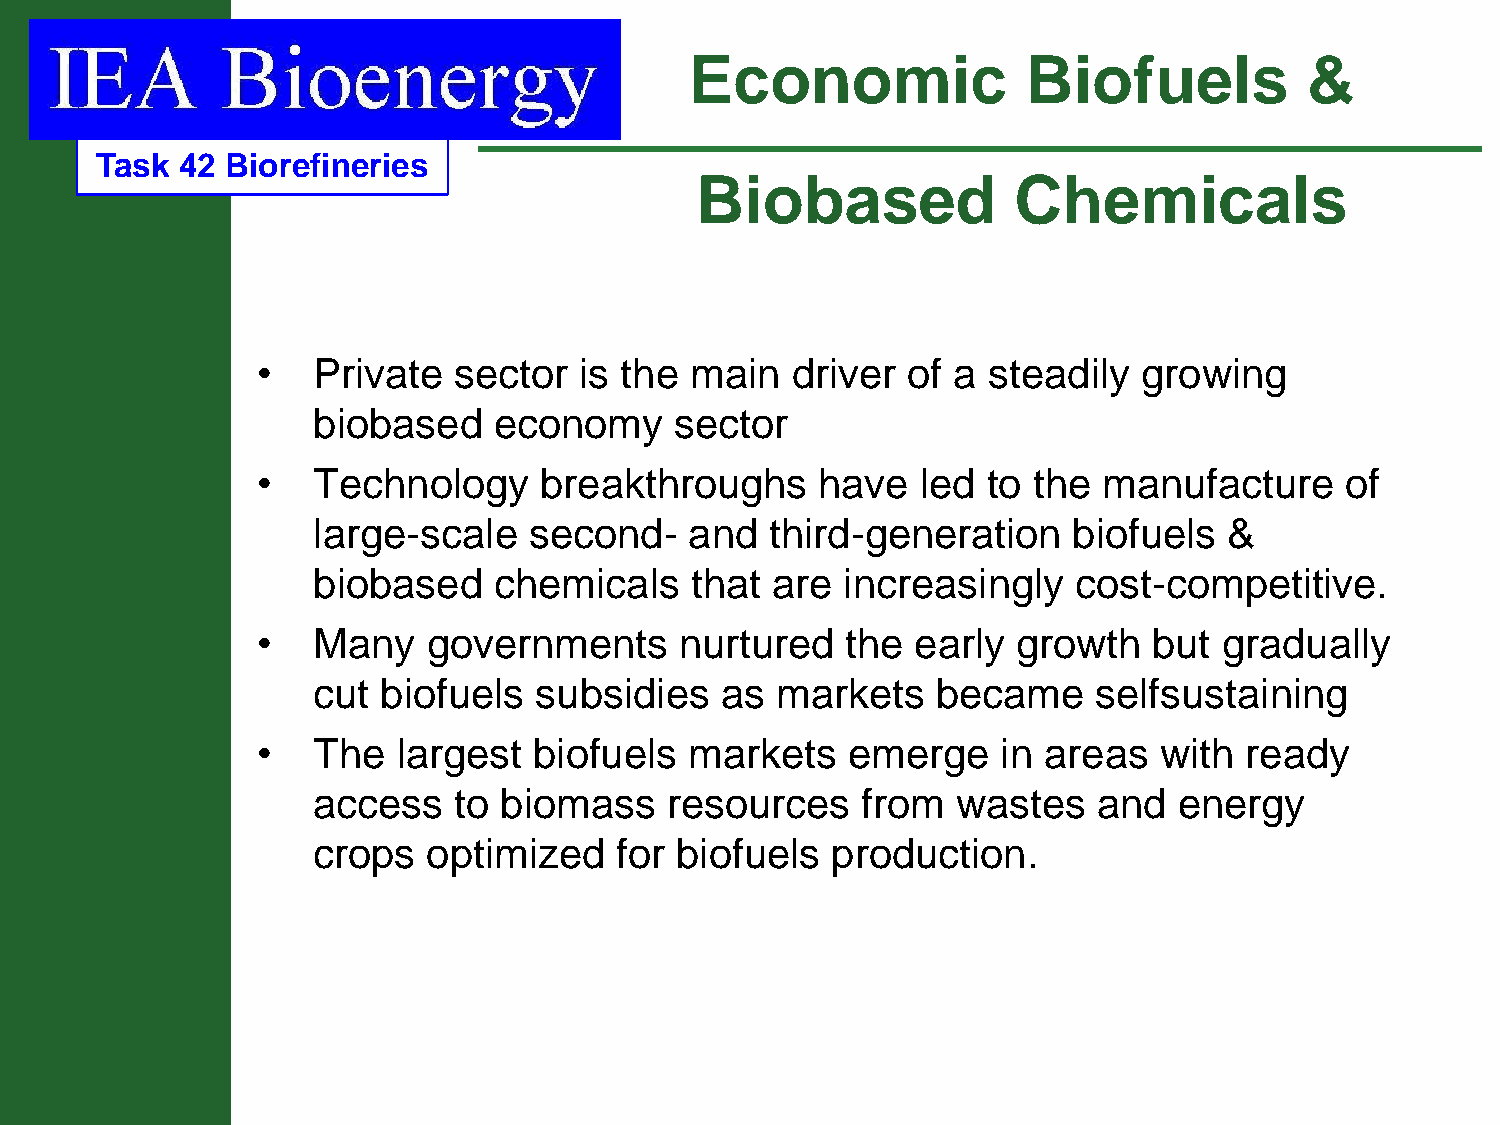
Economic              Biofuels          &
 Task  42 Biorefineries
 Biobased             Chemicals
 •   Private  sector  is the  main  driver  of a steadily   growing
 biobased    economy     sector
 •   Technology     breakthroughs     have   led to the  manufacture     of
 large-scale   second-    and  third-generation    biofuels  &
 biobased    chemicals    that are  increasingly   cost-competitive.
 •   Many   governments      nurtured   the  early growth   but  gradually
 cut biofuels  subsidies    as markets    became     selfsustaining
 •   The  largest  biofuels   markets   emerge    in areas   with ready
 access   to biomass    resources    from  wastes    and  energy
 crops  optimized    for biofuels  production.